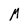
Character: M